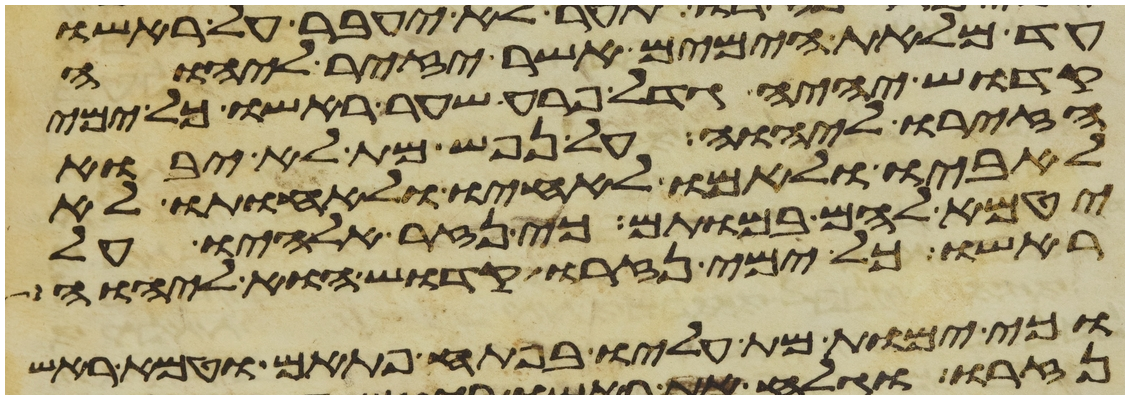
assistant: עד מלאת הימים אשר יזיר ליהוה
קדוש יהיה גדל פרע שער ראשו כל ימי
הזירו ליהוה על נפש מת לא יבוא
לאביו ולאמו לאחיו ולאחותו לא
יטמא להם במותם כי נזר אלהיו על
ראשו כל ימי נזרו קדוש הוא ליהוה
וכי ימות מת עליו בפתע פתאם וטמא ראש